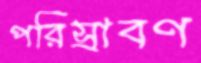
পরিস্রাবণ